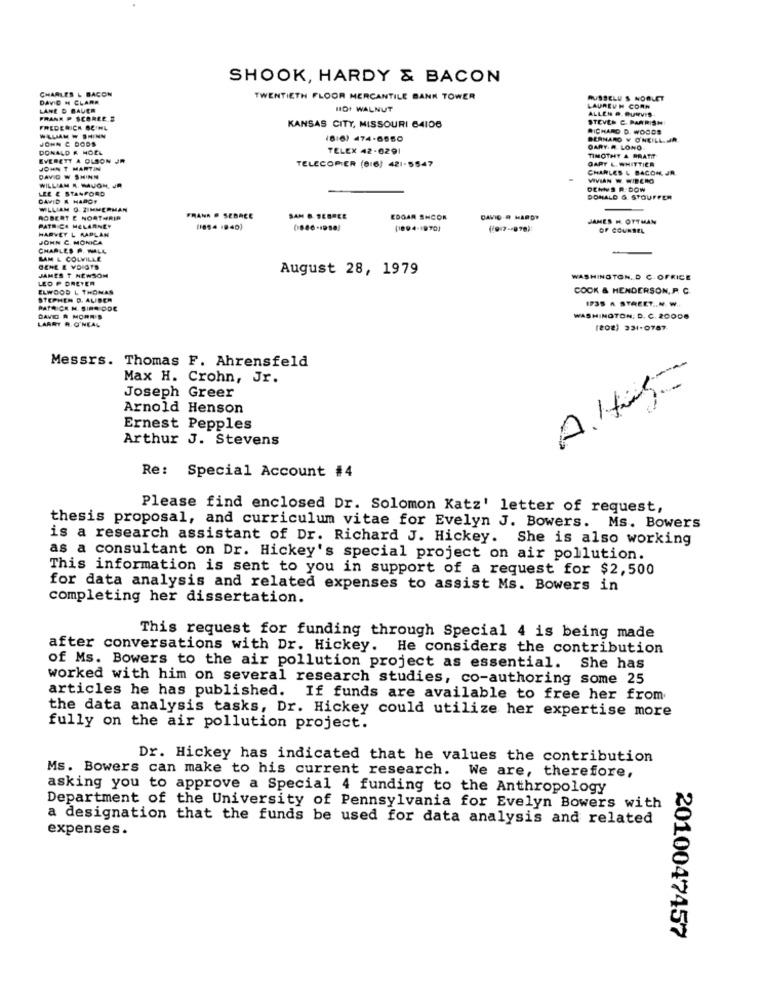
SHOOK, HARDY & BACON
CHARLES & BACON
DAVID H CLARA
TWENTIETH FLOOR MERCANTILE BANK TOWER
RUSSELU S NOBLET
LANE D BAUER
HD+ WALNUT
LAURETH CORN
ALLEN .. PURVIS
FRANK P SCORLES
STEVEN C. PARRISH
FREDERICK BEIHL
KANSAS CITY, MISSOURI 64106
RICHARD D. WOODS
WALIAM W SHINN
JOHN C DODS
(8:6) 474-6550
BERNARD V ONEILL JR
DONALD & HOEL
TELEX 42-0291
GARY A LONO
EVERETT A OLSON JR
TELECOPIER (816) 421-5547
TIMOTHY & PRATIT
DAPY L. WHITTIER
JOHN T MARTIN
CHARLES & BACON, JR
DAVID W SHINN
VIVIAN W. WIBERO
LEE & STANFORD
WILLIAM R. MAUGH. JR
DENVS R. DOW
DAVID # HARDT
DONALD &. STOUFFER
WILLIAM O ZIMMERMAN
ROBERT E NORTHRIR
FRANA . SEBREE
EDGAR SHCON
JAMES H. OTTMAN
HARVEY L RAPLAN
ICH HELARNEY
(1654 1940)
(1894-1970)
OF COUNSEL
JOHN C. MONICA
CHARLES P. MALL
LAM L COLVILLE
JAMES T NEWSOM
GENE E VDIGTS
August 28, 1979
LEO P DREYER
WASHINGTON, D. C.OFFICE
ELWOOD L THONAS
COOK & HENDERSON, P. C.
STEPHEN D. ALIDER
1735 A STREET ... W ..
PATRICK M. SINO ODE
LARRY R. O'NEAL
DAVID A MORE'S
WASHINGTON, D. C. 20008
(202) 331-0787
Messrs. Thomas F. Ahrensfeld
Max H. Crohn, Jr.
Joseph Greer
Arnold Henson
Ernest Pepples
Arthur J. Stevens
Re:
Special Account #4
Please find enclosed Dr. Solomon Katz' letter of request,
thesis proposal, and curriculum vitae for Evelyn J. Bowers. Ms. Bowers
is a research assistant of Dr. Richard J. Hickey. She is also working
as a consultant on Dr. Hickey's special project on air pollution.
This information is sent to you in support of a request for $2,500
for data analysis and related expenses to assist Ms. Bowers in
completing her dissertation.
This request for funding through Special 4 is being made
after conversations with Dr. Hickey. He considers the contribution
of Ms. Bowers to the air pollution project as essential. She has
worked with him on several research studies, co-authoring some 25
articles he has published. If funds are available to free her from
the data analysis tasks, Dr. Hickey could utilize her expertise more
fully on the air pollution project.
Dr. Hickey has indicated that he values the contribution
Ms. Bowers can make to his current research. We are, therefore,
asking you to approve a Special 4 funding to the Anthropology
Department of the University of Pennsylvania for Evelyn Bowers with
a designation that the funds be used for data analysis and related
expenses.
2010047457